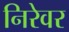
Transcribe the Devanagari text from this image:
निरेवर